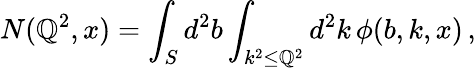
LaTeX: N(\mathbb{Q}^{2},x)=\int_{S}d^{2}b\int_{k^{2}\le\mathbb{Q}^{2}}d^{2}k\, \phi(b,k,x)\, ,